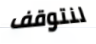
لنتوقف